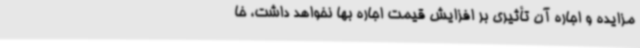
مزایده و اجاره آن تأثیری بر افزایش قیمت اجاره بها نخواهد داشت، خا